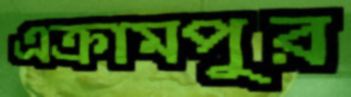
এক্রামপুর